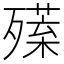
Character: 𣩣